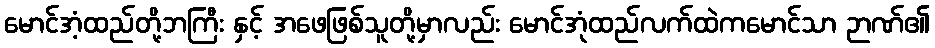
မောင်အံ့ထည်တို့ဘကြီး နှင့် အဖေဖြစ်သူတို့မှာလည်း မောင်အုံထည်လက်ထဲကမောင်သာ ဉာဏ်၏